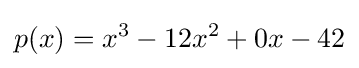
p(x)=x^{3}-12x^{2}+0x-42